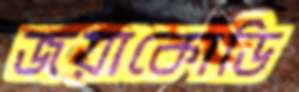
জয়াকোডি